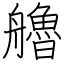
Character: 艪